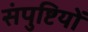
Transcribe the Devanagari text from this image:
संपुष्टियों